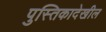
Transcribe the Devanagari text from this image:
पुस्तिकादेखील